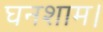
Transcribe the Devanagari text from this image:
घनशाम।